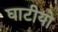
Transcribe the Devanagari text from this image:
घाटीयो